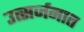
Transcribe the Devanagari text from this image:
उत्सर्जनात